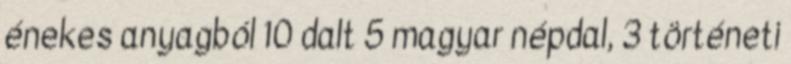
énekes anyagból 10 dalt 5 magyar népdal, 3 történeti